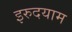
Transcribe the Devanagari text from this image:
इरुदयाम